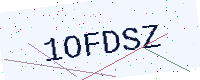
Text: 1OFDSZ